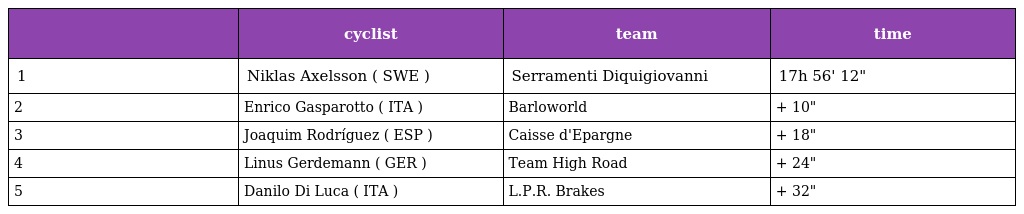
|  | cyclist | team | time |
 | --- | --- | --- | --- |
 | 1 | Niklas Axelsson ( SWE ) | Serramenti Diquigiovanni | 17h 56' 12" |
 | 2 | Enrico Gasparotto ( ITA ) | Barloworld | + 10" |
 | 3 | Joaquim Rodríguez ( ESP ) | Caisse d'Epargne | + 18" |
 | 4 | Linus Gerdemann ( GER ) | Team High Road | + 24" |
 | 5 | Danilo Di Luca ( ITA ) | L.P.R. Brakes | + 32" |